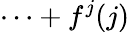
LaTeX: \cdots+f^{j}(j)